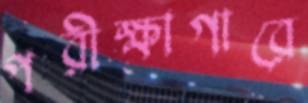
পরীক্ষাগারে